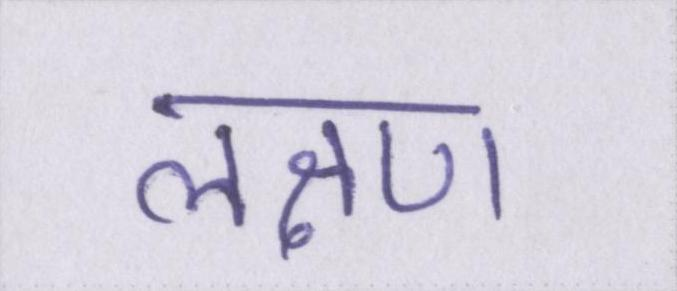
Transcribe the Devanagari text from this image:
लक्षण